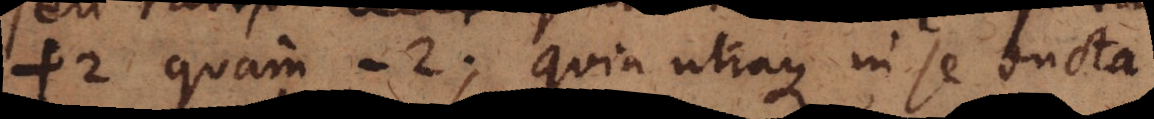
+2 quam -2; quia utraque in se ducta